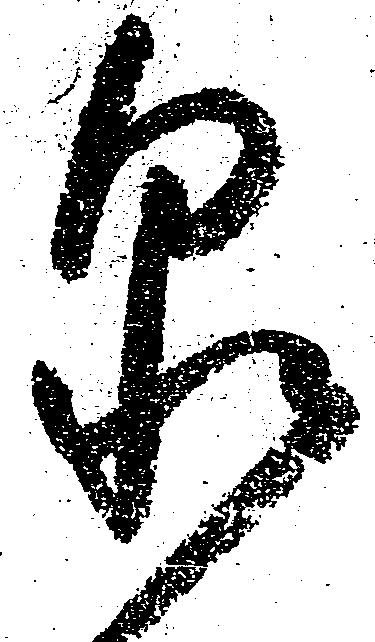
泉